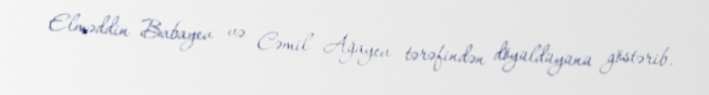
Elməddin Babayev və Cəmil Ağayev tərəfindən döyüldüyünü göstərib.